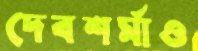
দেবশর্মাও